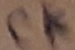
Text: CK